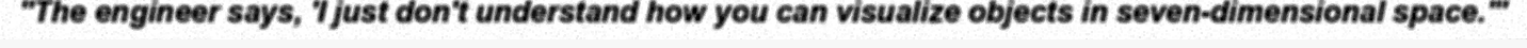
"The engineer says, 'I just don't understand how you can visualize objects in seven-dimensional space.'"